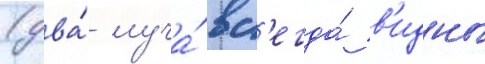
(два́ луча́ вс'егда́ в'идны